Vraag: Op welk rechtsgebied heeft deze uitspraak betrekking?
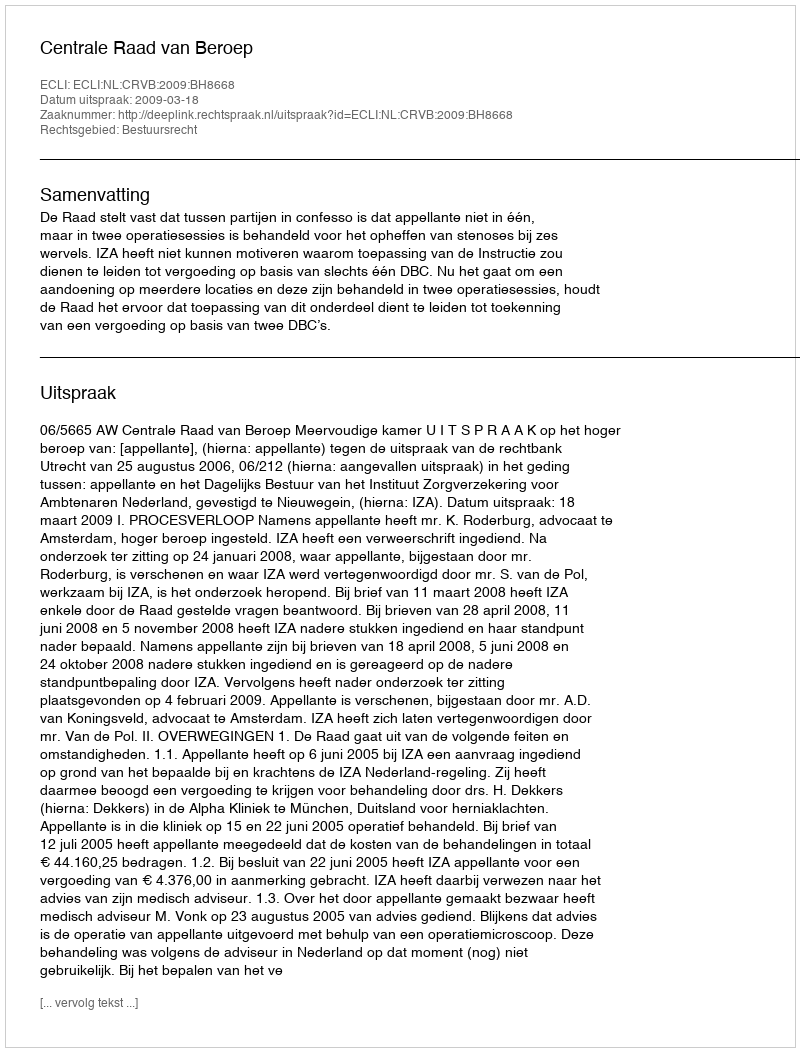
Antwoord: Bestuursrecht